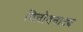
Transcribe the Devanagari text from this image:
विनोदनाट्य